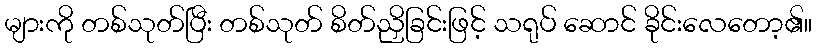
များကို တစ်သုတ်ပြီး တစ်သုတ် စိတ်ညှိခြင်းဖြင့် သရုပ် ဆောင် ခိုင်းလေတော့၏။